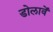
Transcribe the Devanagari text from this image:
डोलावें